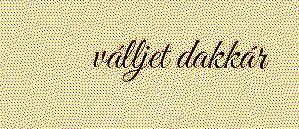
válljet dakkár